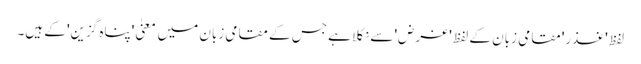
لفظ 'غذر' مقامی زبان کے لفظ 'غرض' سے نکلا ہے جس کے مقامی زبان میں معنیٰ 'پناہ گزین' کے ہیں۔